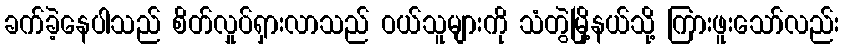
ခက်ခဲ့နေပါသည် စိတ်လှုပ်ရှားလာသည် ဝယ်သူများကို သံတွဲမြို့နယ်သို့ ကြားဖူးသော်လည်း